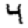
Digit: 4